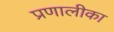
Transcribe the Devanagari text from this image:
प्रणालीका